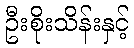
ဦးစိုးသိန်းနှင့်